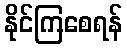
နိုင်ကြစေရန်